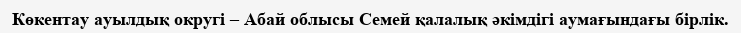
Көкентау ауылдық округі – Абай облысы Семей қалалық әкімдігі аумағындағы бірлік.